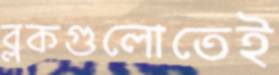
ব্লকগুলোতেই